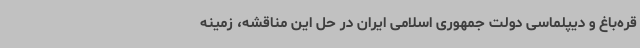
قره‌باغ و دیپلماسی دولت جمهوری اسلامی ایران در حل این مناقشه، زمینه